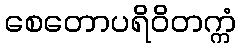
စေတောပရိဝိတက္ကံ